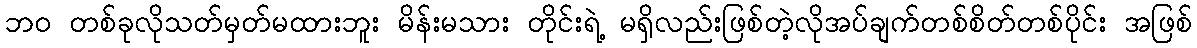
ဘဝ တစ်ခုလိုသတ်မှတ်မထားဘူး မိန်းမသား တိုင်းရဲ့ မရှိလည်းဖြစ်တဲ့လိုအပ်ချက်တစ်စိတ်တစ်ပိုင်း အဖြစ်